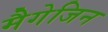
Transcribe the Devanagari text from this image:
मैगेजिन